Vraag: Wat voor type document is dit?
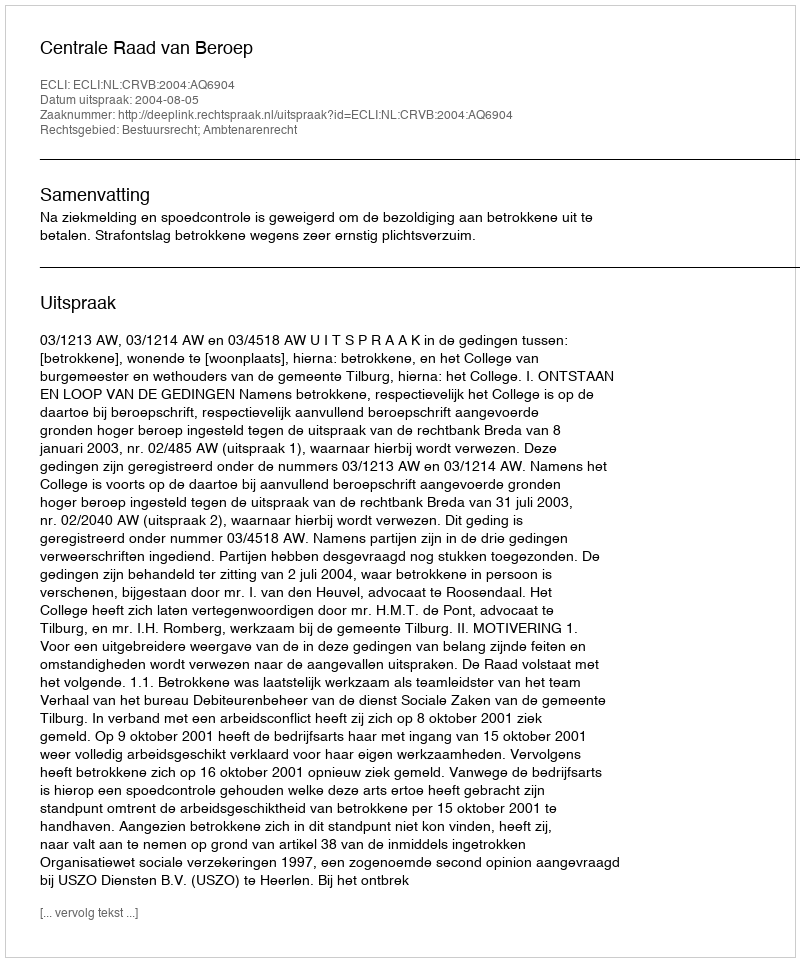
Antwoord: Uitspraak